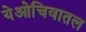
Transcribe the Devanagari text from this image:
येओचिवातल